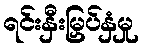
ရင်းနှီးမြှပ်နှံမှု